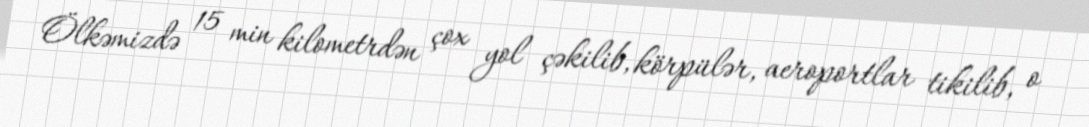
Ölkəmizdə 15 min kilometrdən çox yol çəkilib, körpülər, aeroportlar tikilib, o